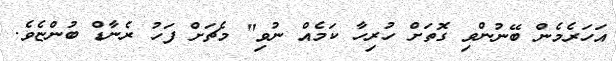
އަހަރެމެން ބޭނުންވި ގޮތަށް ހުރިހާ ކަމެއް ނުވި" މެޗަށް ފަހު ރެނާޑް ބުންޏެވެ.